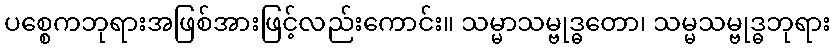
ပစ္စေကဘုရားအဖြစ်အားဖြင့်လည်းကောင်း။ သမ္မာသမ္ဗုဒ္ဓတော၊ သမ္မသမ္ဗုဒ္ဓဘုရား